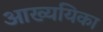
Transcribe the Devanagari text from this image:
आख्ययिका